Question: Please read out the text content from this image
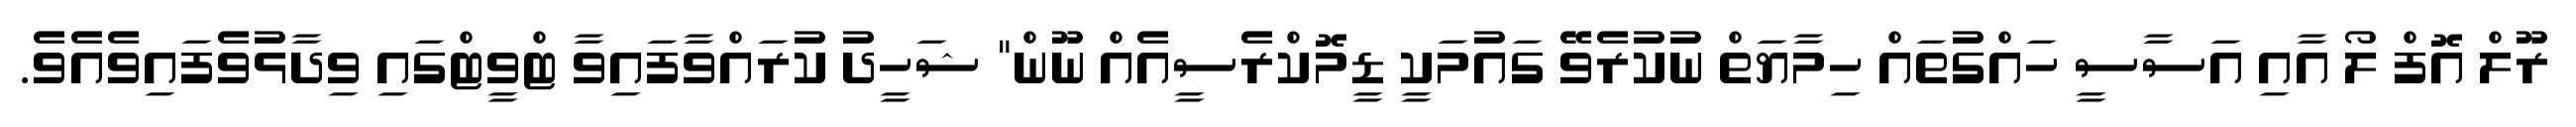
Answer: ރޫލް އޮފް ލޯ އާއި އަސާސީ ހައްގުތައް ހިމާޔަތް ނުކުރެވޭ ގައުމަކީ ޑީމޮކްރެސީއެއް ނޫން" ޝަހީދު ކުރައްވާފައިވާ ޓްވީޓްގައި ވިދާޅުވެފައިވެއެވެ.